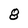
Character: 8